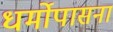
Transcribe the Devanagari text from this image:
धर्मोपासना